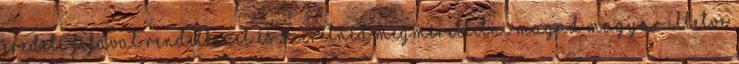
eredeti fifával rendelkezel és szeretnéd megmérettetni magad magyar illetve